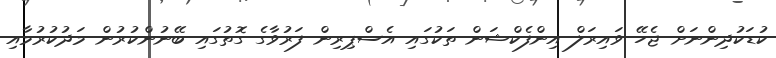
ކުޑަކުދިންނަށް ޖެހޭ ވައިރަލް އިންފެކްޝަން ތަކުގައި އެސްޕިރިން ފަރުވާގެ ގޮތުގައި ބޭނުންކުރުން މަދުކުރުމާއި